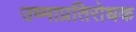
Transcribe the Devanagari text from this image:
उष्माप्रतिरोधक